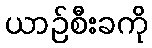
ယာဉ်စီးခကို